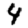
Digit: 4